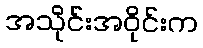
အသိုင်းအဝိုင်းက